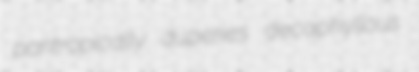
pantropically duperies decaphyllous